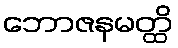
ဘောဇနမတ္ထိ